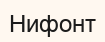
Нифонт